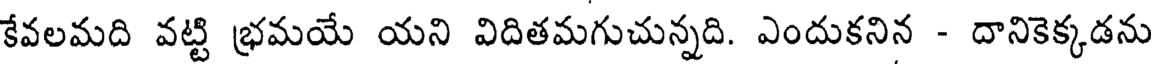
కేవలమది వట్టి భ్రమయే యని విదితమగుచున్నది. ఎందుకనిన - దానికెక్కడను